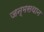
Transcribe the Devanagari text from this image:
जन्मसथान